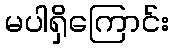
မပါရှိကြောင်း